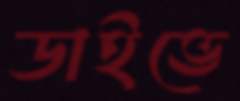
ডাইভে